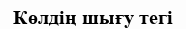
Көлдің шығу тегі